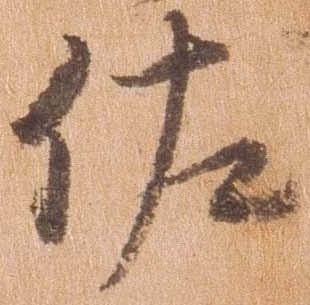
佐